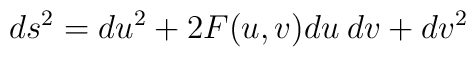
ds^2=du^2+2 F(u,v) du \hspace{0.1cm} dv+dv^2